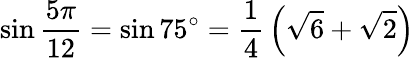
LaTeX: \sin{\frac{5\pi}{12}}=\sin 75^{\circ}={\frac{1}{4}}\left({\sqrt{6}}+{\sqrt{2}}\right)